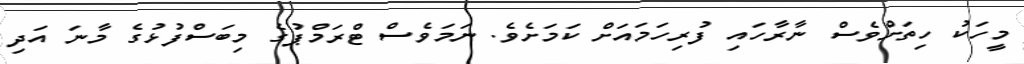
މީހަކު ހިތަށްވެސް ނާރާހައި ފުރިހަމައަށް ކަމަށެވެ. ނަމަވެސް ޓްރަމްޕުގެ މިބަސްފުޅުގެ މާނަ އަދި